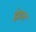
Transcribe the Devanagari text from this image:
इंडन